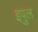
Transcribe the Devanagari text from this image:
इपुल